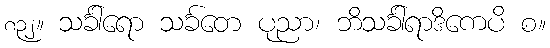
၈၃၂။ သင်္ခါရော သင်္ခတေ ပုညာ၊ ဘိသင်္ခါရာဒိကေပိ စ။